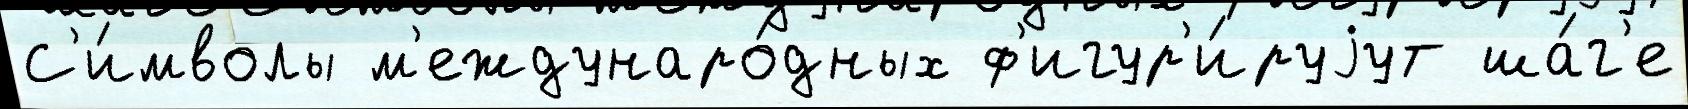
С'и́мволы м'еждунаро́дных ф'игур'и́руjут ша́г'е